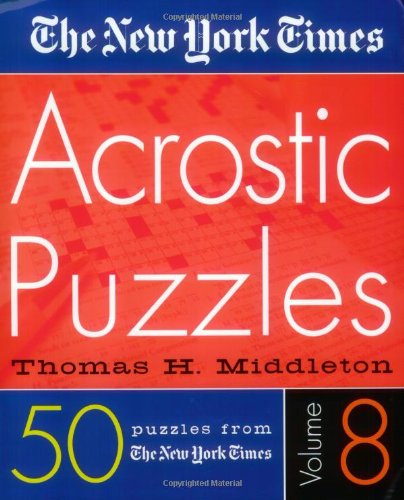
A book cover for The New York Times Acrostic Puzzles Volume 8; The New York Times; Humor & Entertainment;